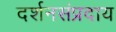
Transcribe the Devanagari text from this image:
दर्शनसंप्रदाय